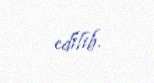
edilib.